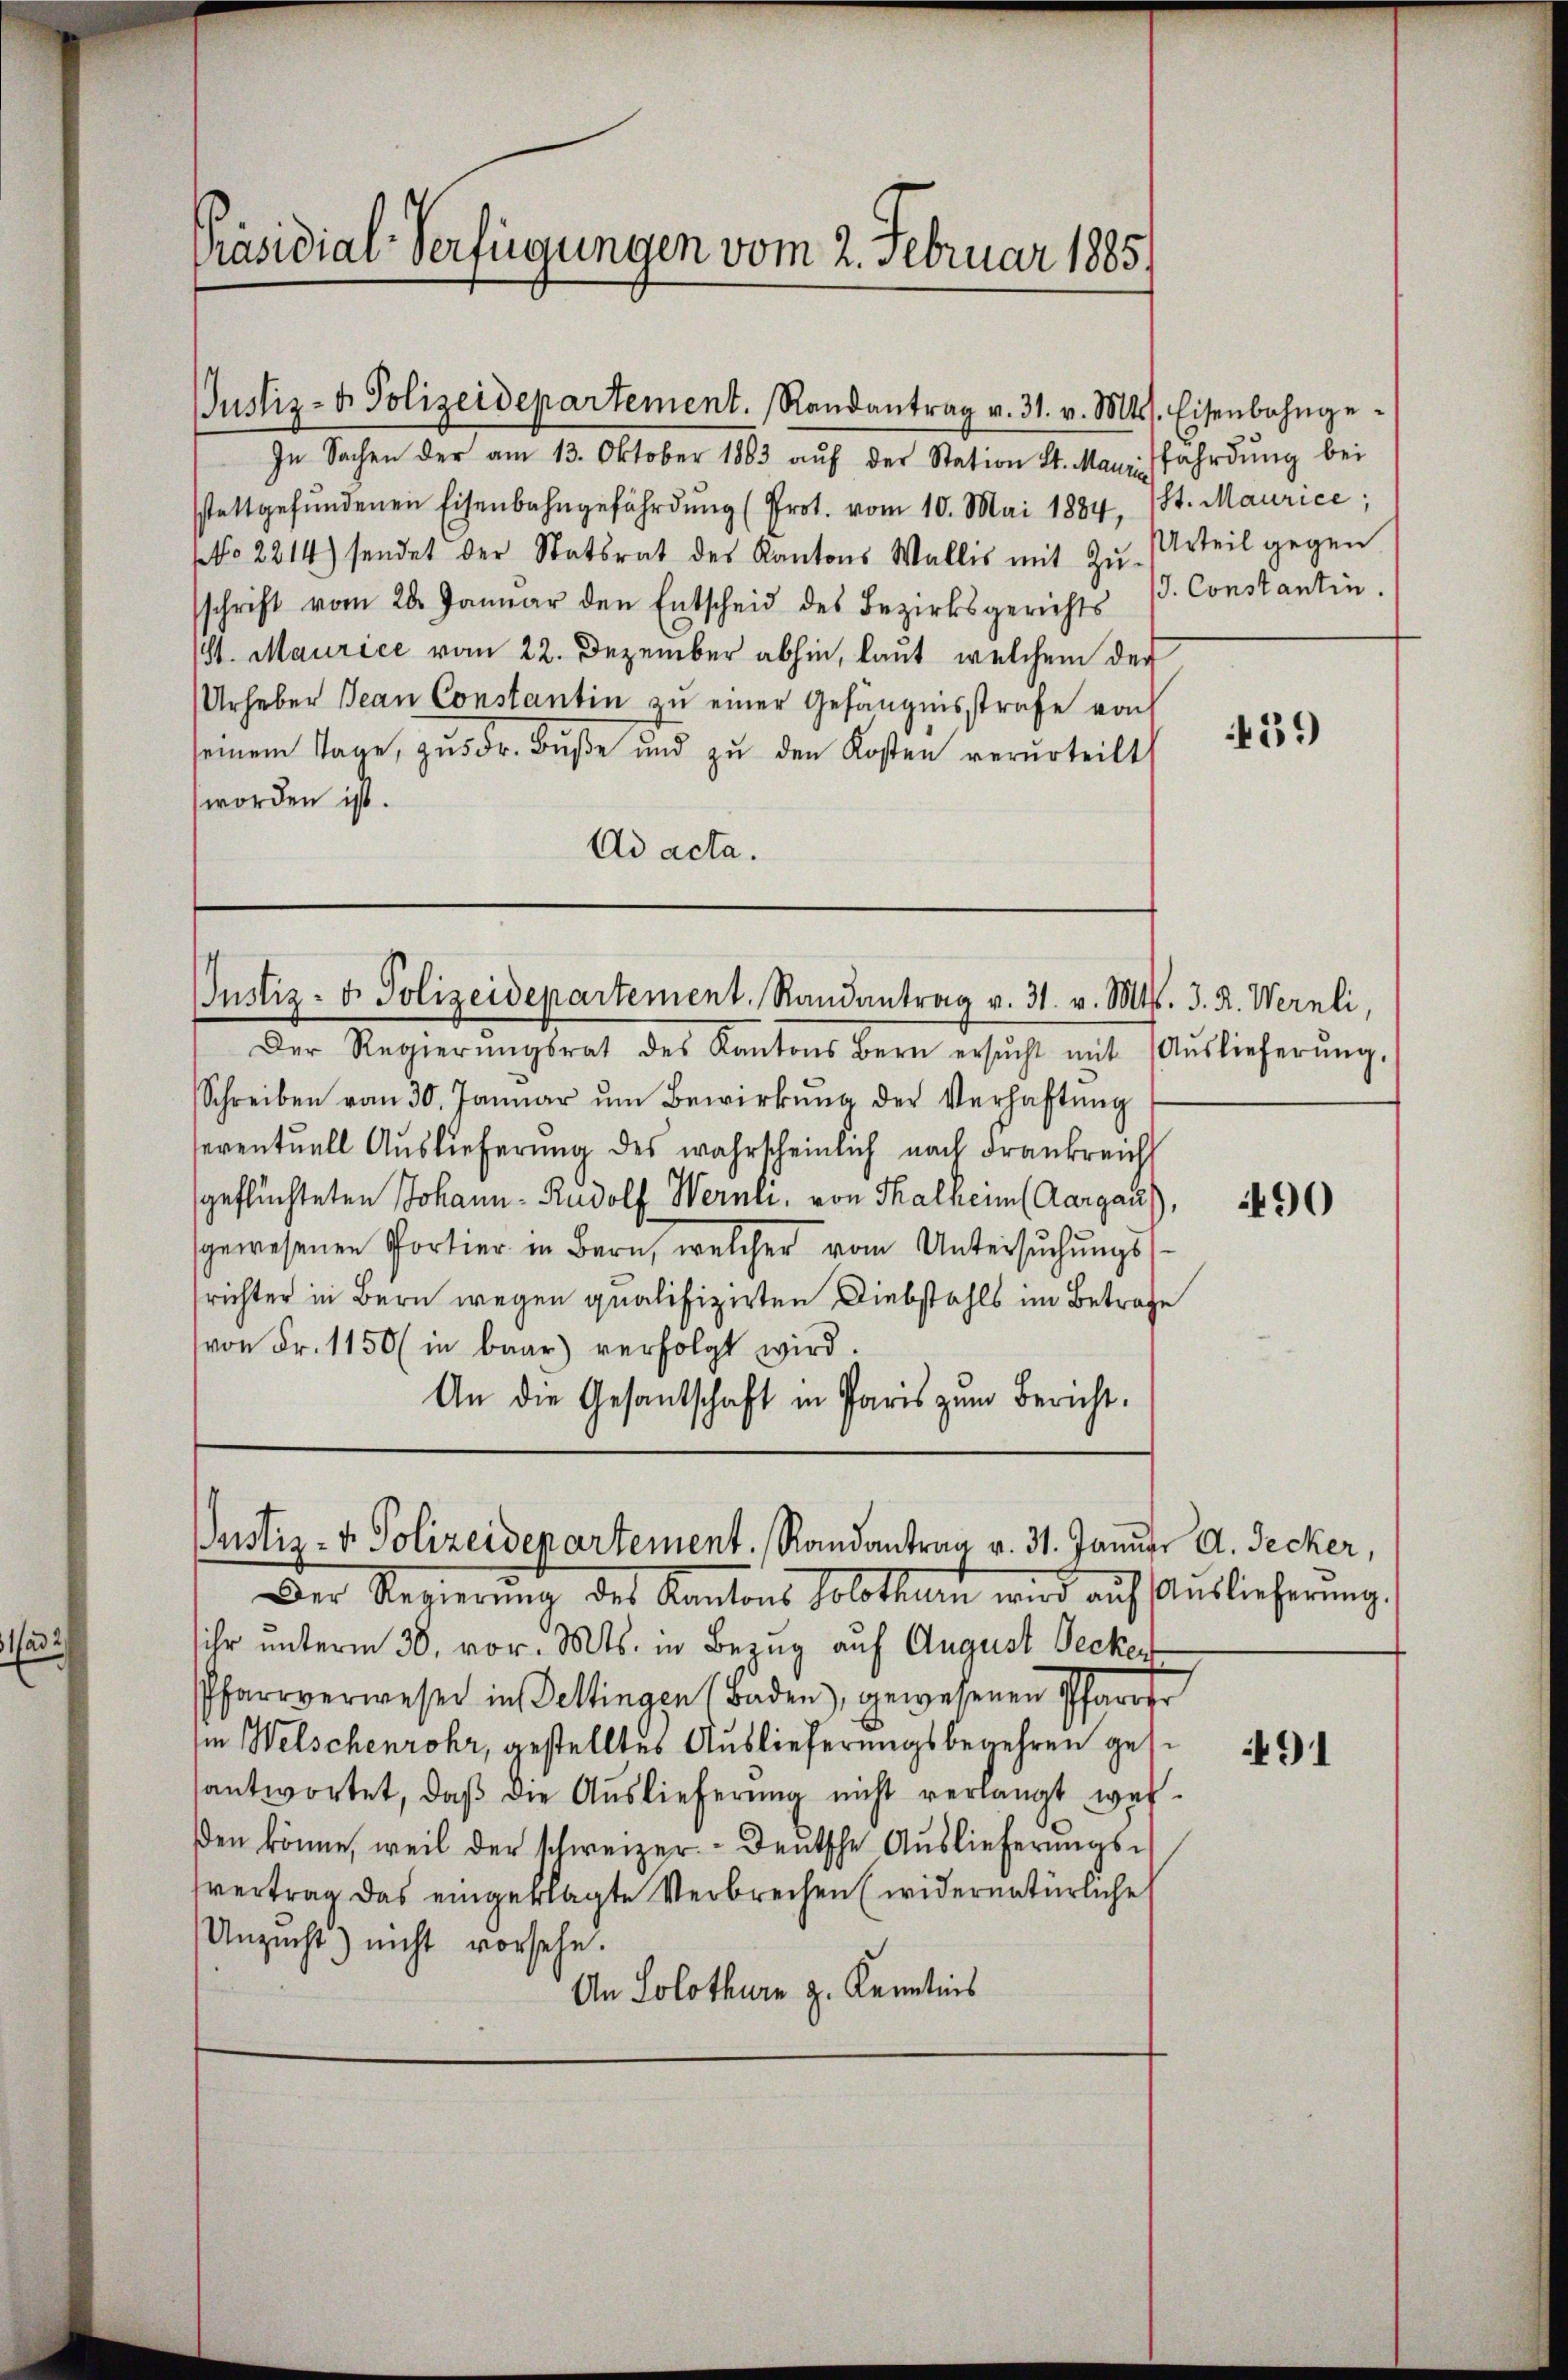
ad

Präsidial-Verfügungen vom 2. Februar 1885)

In Sachen der am 13. Oktober 1883 aŭf der Station St. Mann fahrdŭng bei
sstattgefŭndenen Eisenbahngefährdŭng (Prot. vom 10. Mai 1884, St. Maurice,
NNo. 2214) sendet der Statsrat des Kantons Wallis mit Zŭ-Urteil gegen
schrift vom 20. Januar den Entscheid des Bezirksgerichts s. Constantin,
St. Maurice vom 22. Dezember abhin, laut welchem der
Urheber Jean Constantin zu einer Gefängnisstrafe von
seinem Tage, zŭ Fr. Buße und zu den Kosten verurteilt
worden ist.
Ad acta.

Justiz- & Polizeidepartement. Randantrag v. 31. v. Mts. Eisenbahnge-

Justiz- u. Polizeidepartement. Randantrag v. 31. v. Mts. 3. R. Wernli,

Der Regierŭngsrat des Kantons Bern ersŭcht mit Auslieferŭng,
Schreiben vom 30. Januar um Bewirkung der Verhaftung
eventuell Auslieferung des wahrscheinlich nach Frankreich
geflüchteten Johann - Rudolf Wernli, von Thalheim (Aargau)
gewesenen Portier in Bern, welcher vom Untersuchungsrichter in Bern wegen qualifizirten Diebstahls im Betrage
von Fr. 1150 (in baar verfolgt wird.
An die Gesantschaft in Paris zum Bericht.

Justiz- & Polizeidenartement. Randantrag v. 31. Januar A. Decker,

Der Regierŭng des Kantons Solothurn wird aŭf Aŭslieferung,
ihr unterm 30. vor. Mts. in Bezug auf August Decken
Pfarrverwesen in Dettingen (Baden, gewesenen Pfarrer
sie Welschenrohr, gestelltes Auslieferungsbegehren gese
antwortet, daβ die Auslieferung nicht verlangt werden könne, weil der schweizer. - Deutsche Auslieferungsvertrag das eingeklagte Verbrechen (widernatürliche
Unzucht) nicht vorsehe.
An Solothurn z. Kenntnis

459

490

491